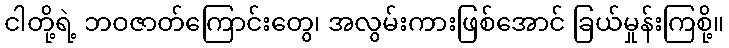
ငါတို့ရဲ့ ဘဝဇာတ်ကြောင်းတွေ၊ အလွမ်းကားဖြစ်အောင် ခြယ်မှုန်းကြစို့။